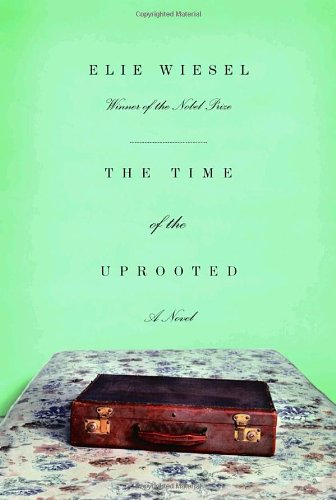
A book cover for The Time of the Uprooted; Elie Wiesel; Literature & Fiction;